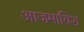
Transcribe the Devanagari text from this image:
आजमायिश